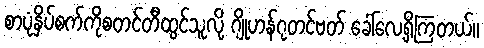
စာပုံနှိပ်စက်ကိုစတင်တီထွင်သူလို့ ဂျိုဟန်ဂုတင်ဗတ် ခေါ်လေ့ရှိကြတယ်။